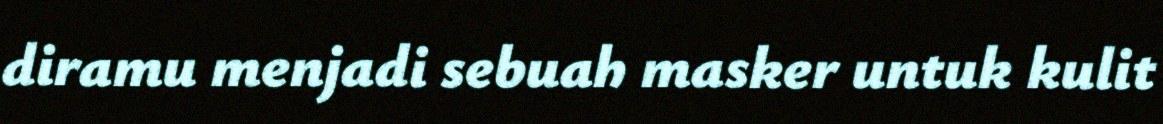
diramu menjadi sebuah masker untuk kulit